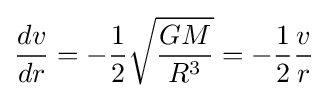
{\frac {dv}{dr}}=-{\frac {1}{2}}{\sqrt {\frac {GM}{R^{3}}}}=-{\frac {1}{2}}{\frac {v}{r}}